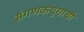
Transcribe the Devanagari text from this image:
संगणकयुगाची